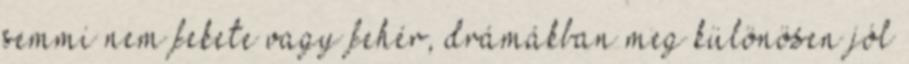
semmi nem fekete vagy fehér, drámákban meg különösen jól